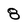
Character: 8